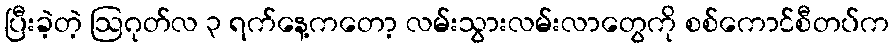
ပြီးခဲ့တဲ့ ဩဂုတ်လ ၃ ရက်နေ့ကတော့ လမ်းသွားလမ်းလာတွေကို စစ်ကောင်စီတပ်က